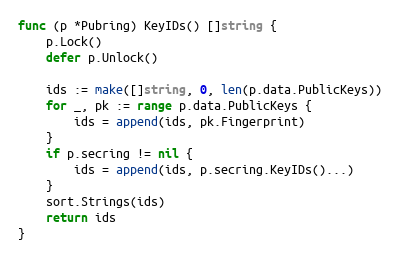
Language: Go
func (p *Pubring) KeyIDs() []string {
	p.Lock()
	defer p.Unlock()

	ids := make([]string, 0, len(p.data.PublicKeys))
	for _, pk := range p.data.PublicKeys {
		ids = append(ids, pk.Fingerprint)
	}
	if p.secring != nil {
		ids = append(ids, p.secring.KeyIDs()...)
	}
	sort.Strings(ids)
	return ids
}